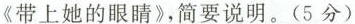
《带上她的眼睛》，向他简要说明。